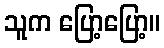
သူက ပြော့ပြော့။